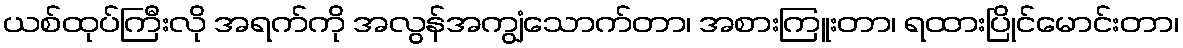
ယစ်ထုပ်ကြီးလို အရက်ကို အလွန်အကျွံသောက်တာ၊ အစားကြူးတာ၊ ရထားပြိုင်မောင်းတာ၊